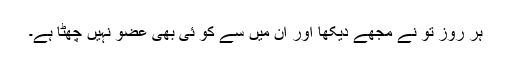
ہر روز تُو نے مجھے دیکھا اور ان میں سے کو ئی بھی عضو نہیں چھُٹا ہے۔